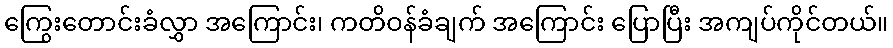
ကြွေးတောင်းခံလွှာ အကြောင်း၊ ကတိဝန်ခံချက် အကြောင်း ပြောပြီး အကျပ်ကိုင်တယ်။